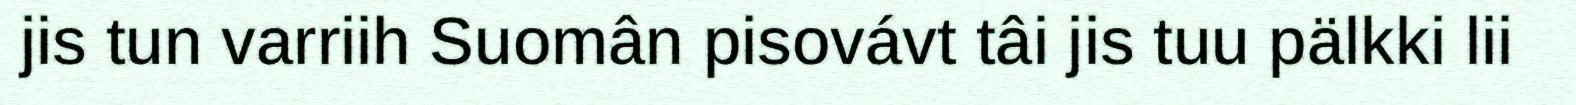
jis tun varriih Suomân pisovávt tâi jis tuu pälkki lii